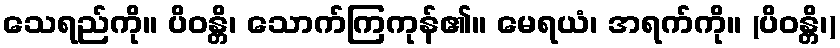
သေရည်ကို။ ပိဝန္တိ၊ သောက်ကြကုန်၏။ မေရယံ၊ အရက်ကို။ (ပိဝန္တိ၊)